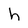
Character: h